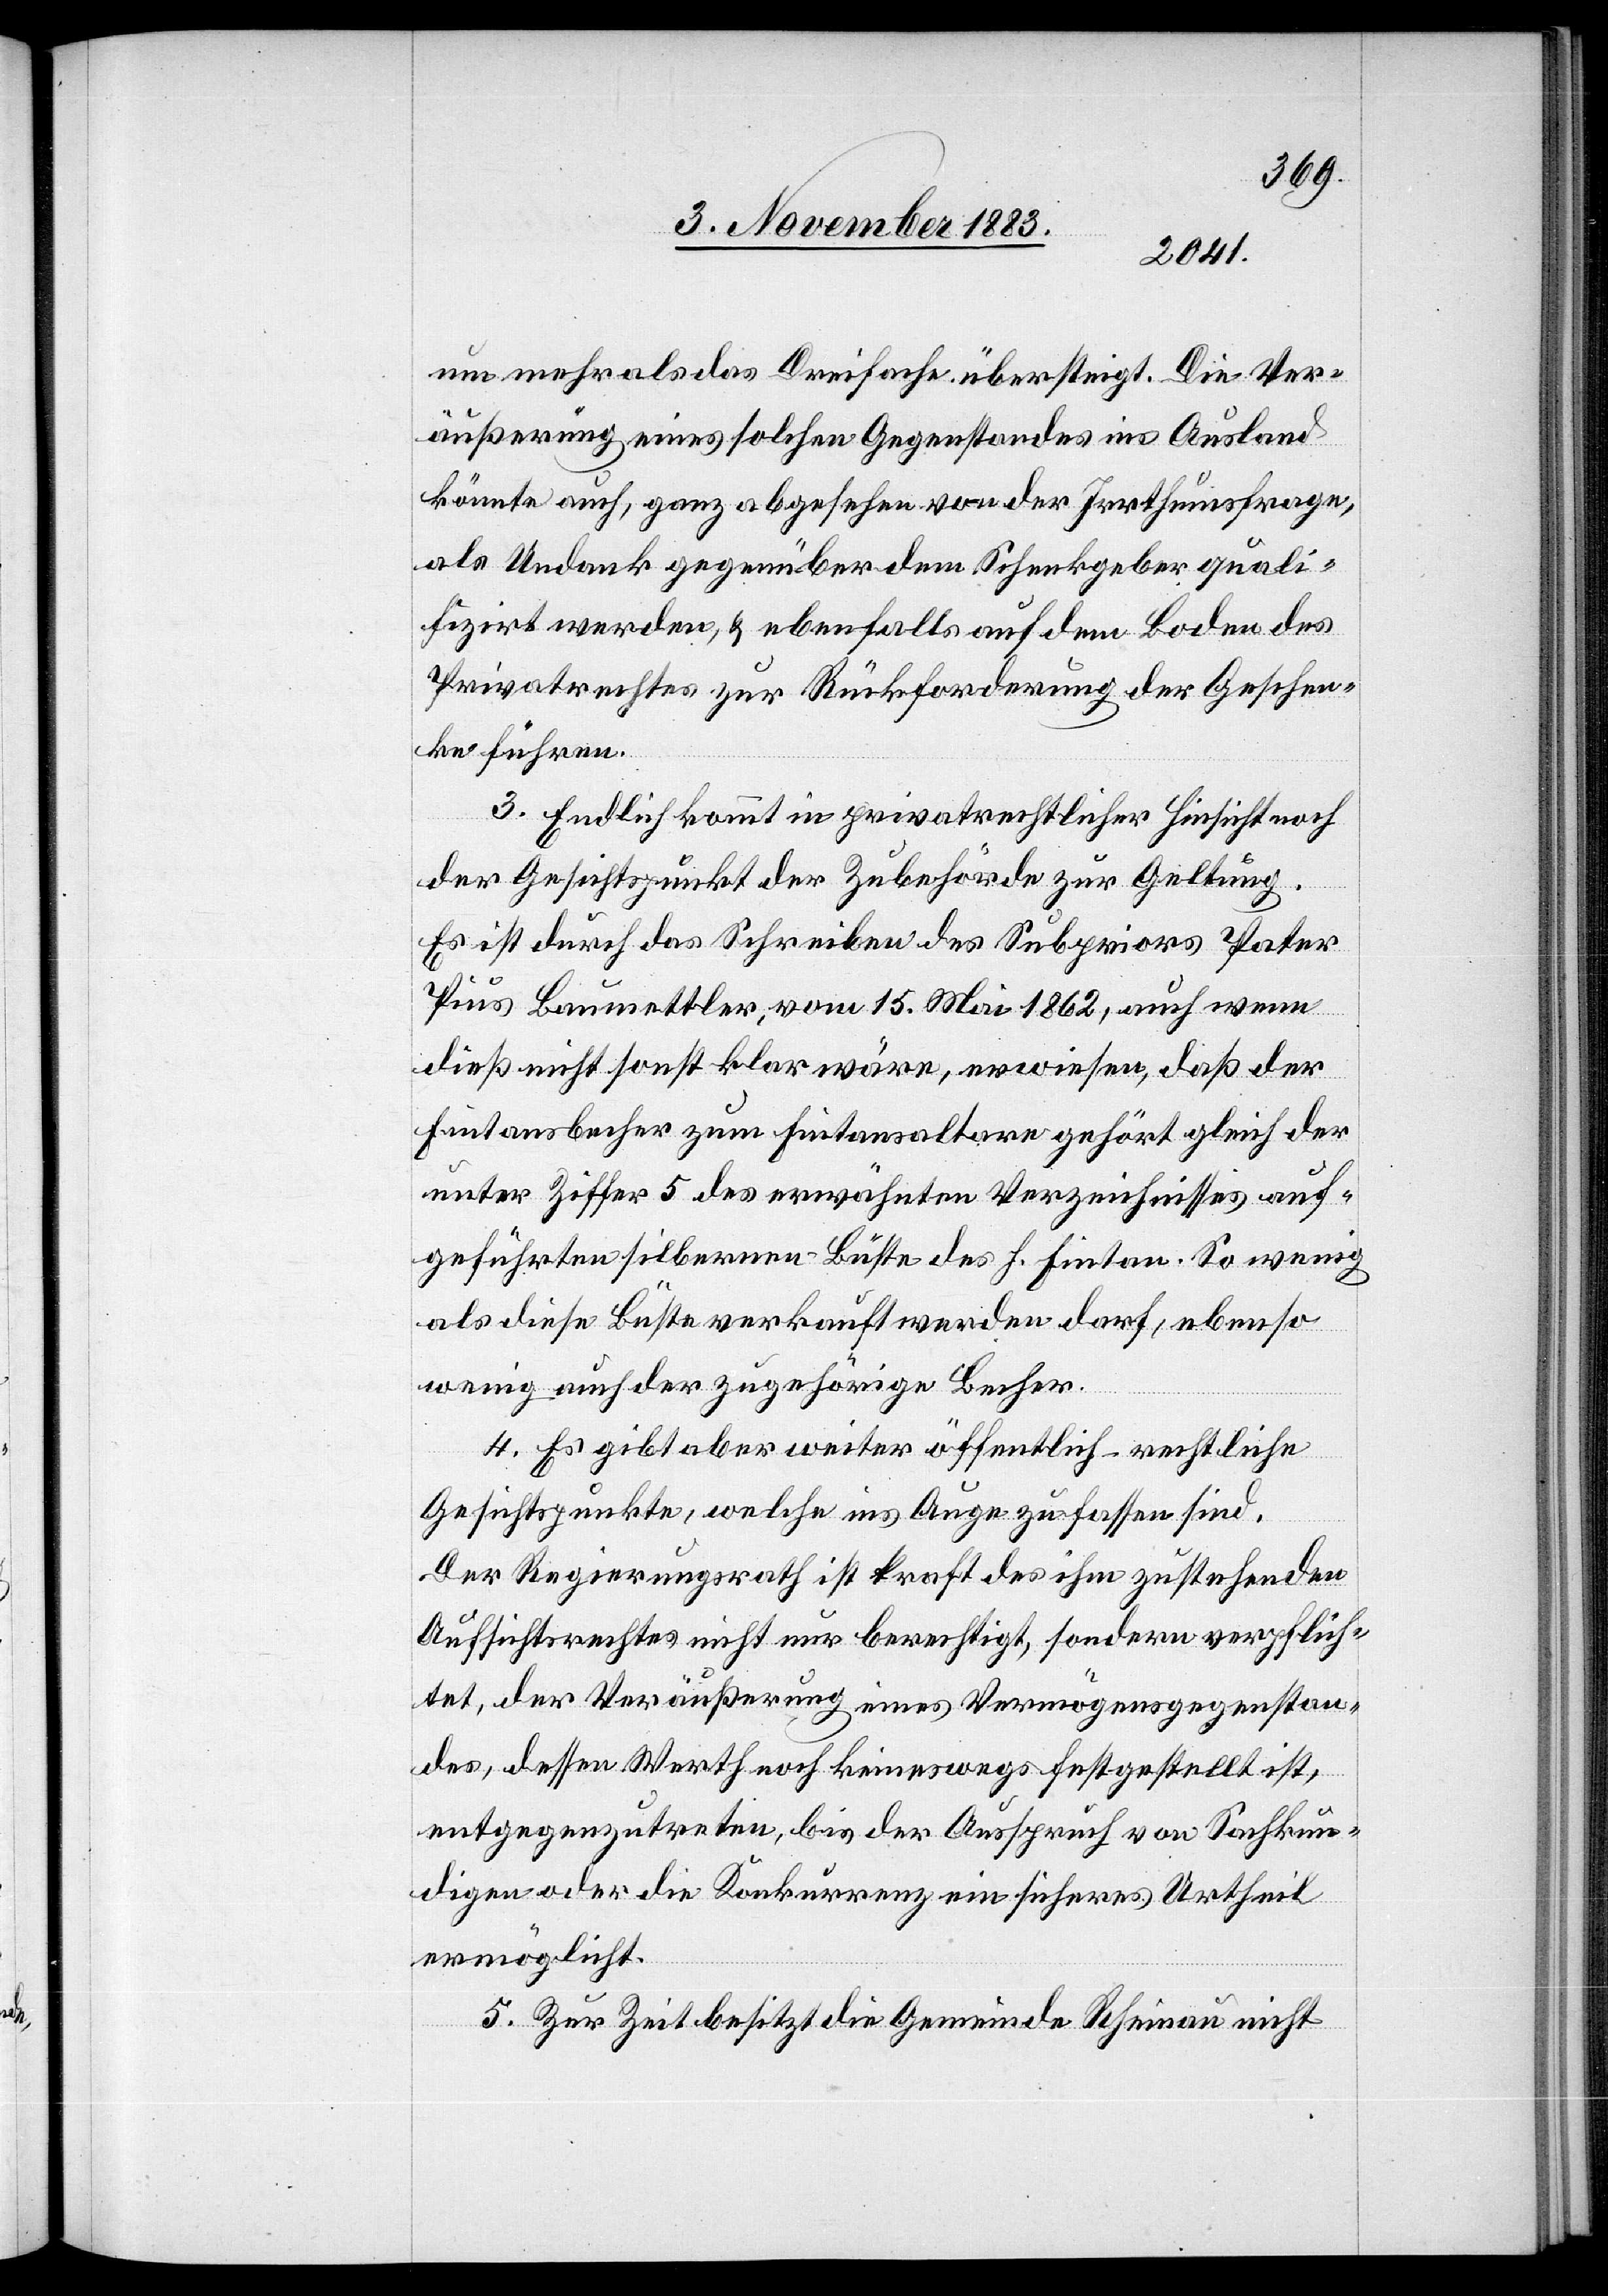
um mehr als das Dreifache übersteigt. Die Ver¬
äußerung eines solchen Gegenstandes ins Ausland
könnte auch, ganz abgesehen von der Irrthumsfrage,
als Undank gegenüber dem Schenkgeber quali¬
fizirt werden, & ebenfalls auf dem Boden des
Privatrechtes zur Rückforderung der Geschen¬
ke führen.
3. Endlich kommt in privatrechtlicher Hinsicht noch
der Gesichtspunkt der Zubehörde zur Geltung.
Es ist durch das Schreiben des Subpriors Pater
Pius Baumettler, vom 15. Mai 1862, auch wenn
dieß nicht sonst klar wäre, erwiesen, daß der
Fintansbecher zum Fintansaltare gehört gleich der
unter Ziffer 5 des erwähnten Verzeichnisses auf¬
geführten silbernen Büste des H. Fintan. So wenig
als diese Büste verkauft werden darf, ebenso
wenig auch der zugehörige Becher.
4. Es gibt aber weiter öffentlich-rechtliche
Gesichtspunkte, welche ins Auge zu fassen sind.
Der Regierungsrath ist Kraft des ihm zustehenden
Aufsichtsrechtes nicht nur berechtigt, sondern verpflich¬
tet, der Veräußerung eines Vermögensgegenstan¬
des, dessen Werth noch keineswegs festgestellt ist,
entgegenzutreten, bis der Ausspruch von Sachkun¬
digen oder die Konkurrenz ein sicheres Urtheil
ermöglicht.
5. Zur Zeit besitzt die Gemeinde Rheinau nicht